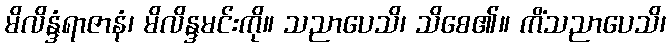
မိလိန္ဒံရာဇာနံ၊ မိလိန္ဒမင်းကို။ သညာပေသိ၊ သိစေ၏။ ကိံသညာပေသိ၊